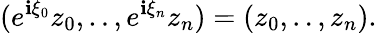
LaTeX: (e^{\mathbf{i}\xi_{0}}z_{0},..,e^{\mathbf{i}\xi_{n}}z_{n})=(z_{0},..,z_{n}).